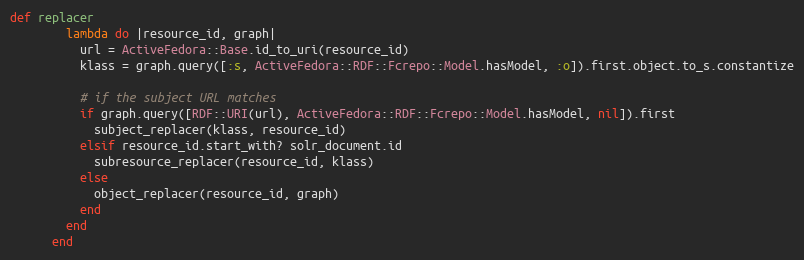
Language: Ruby
def replacer
        lambda do |resource_id, graph|
          url = ActiveFedora::Base.id_to_uri(resource_id)
          klass = graph.query([:s, ActiveFedora::RDF::Fcrepo::Model.hasModel, :o]).first.object.to_s.constantize

          # if the subject URL matches
          if graph.query([RDF::URI(url), ActiveFedora::RDF::Fcrepo::Model.hasModel, nil]).first
            subject_replacer(klass, resource_id)
          elsif resource_id.start_with? solr_document.id
            subresource_replacer(resource_id, klass)
          else
            object_replacer(resource_id, graph)
          end
        end
      end